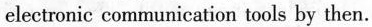
electronic communication tools by then.